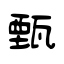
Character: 甄